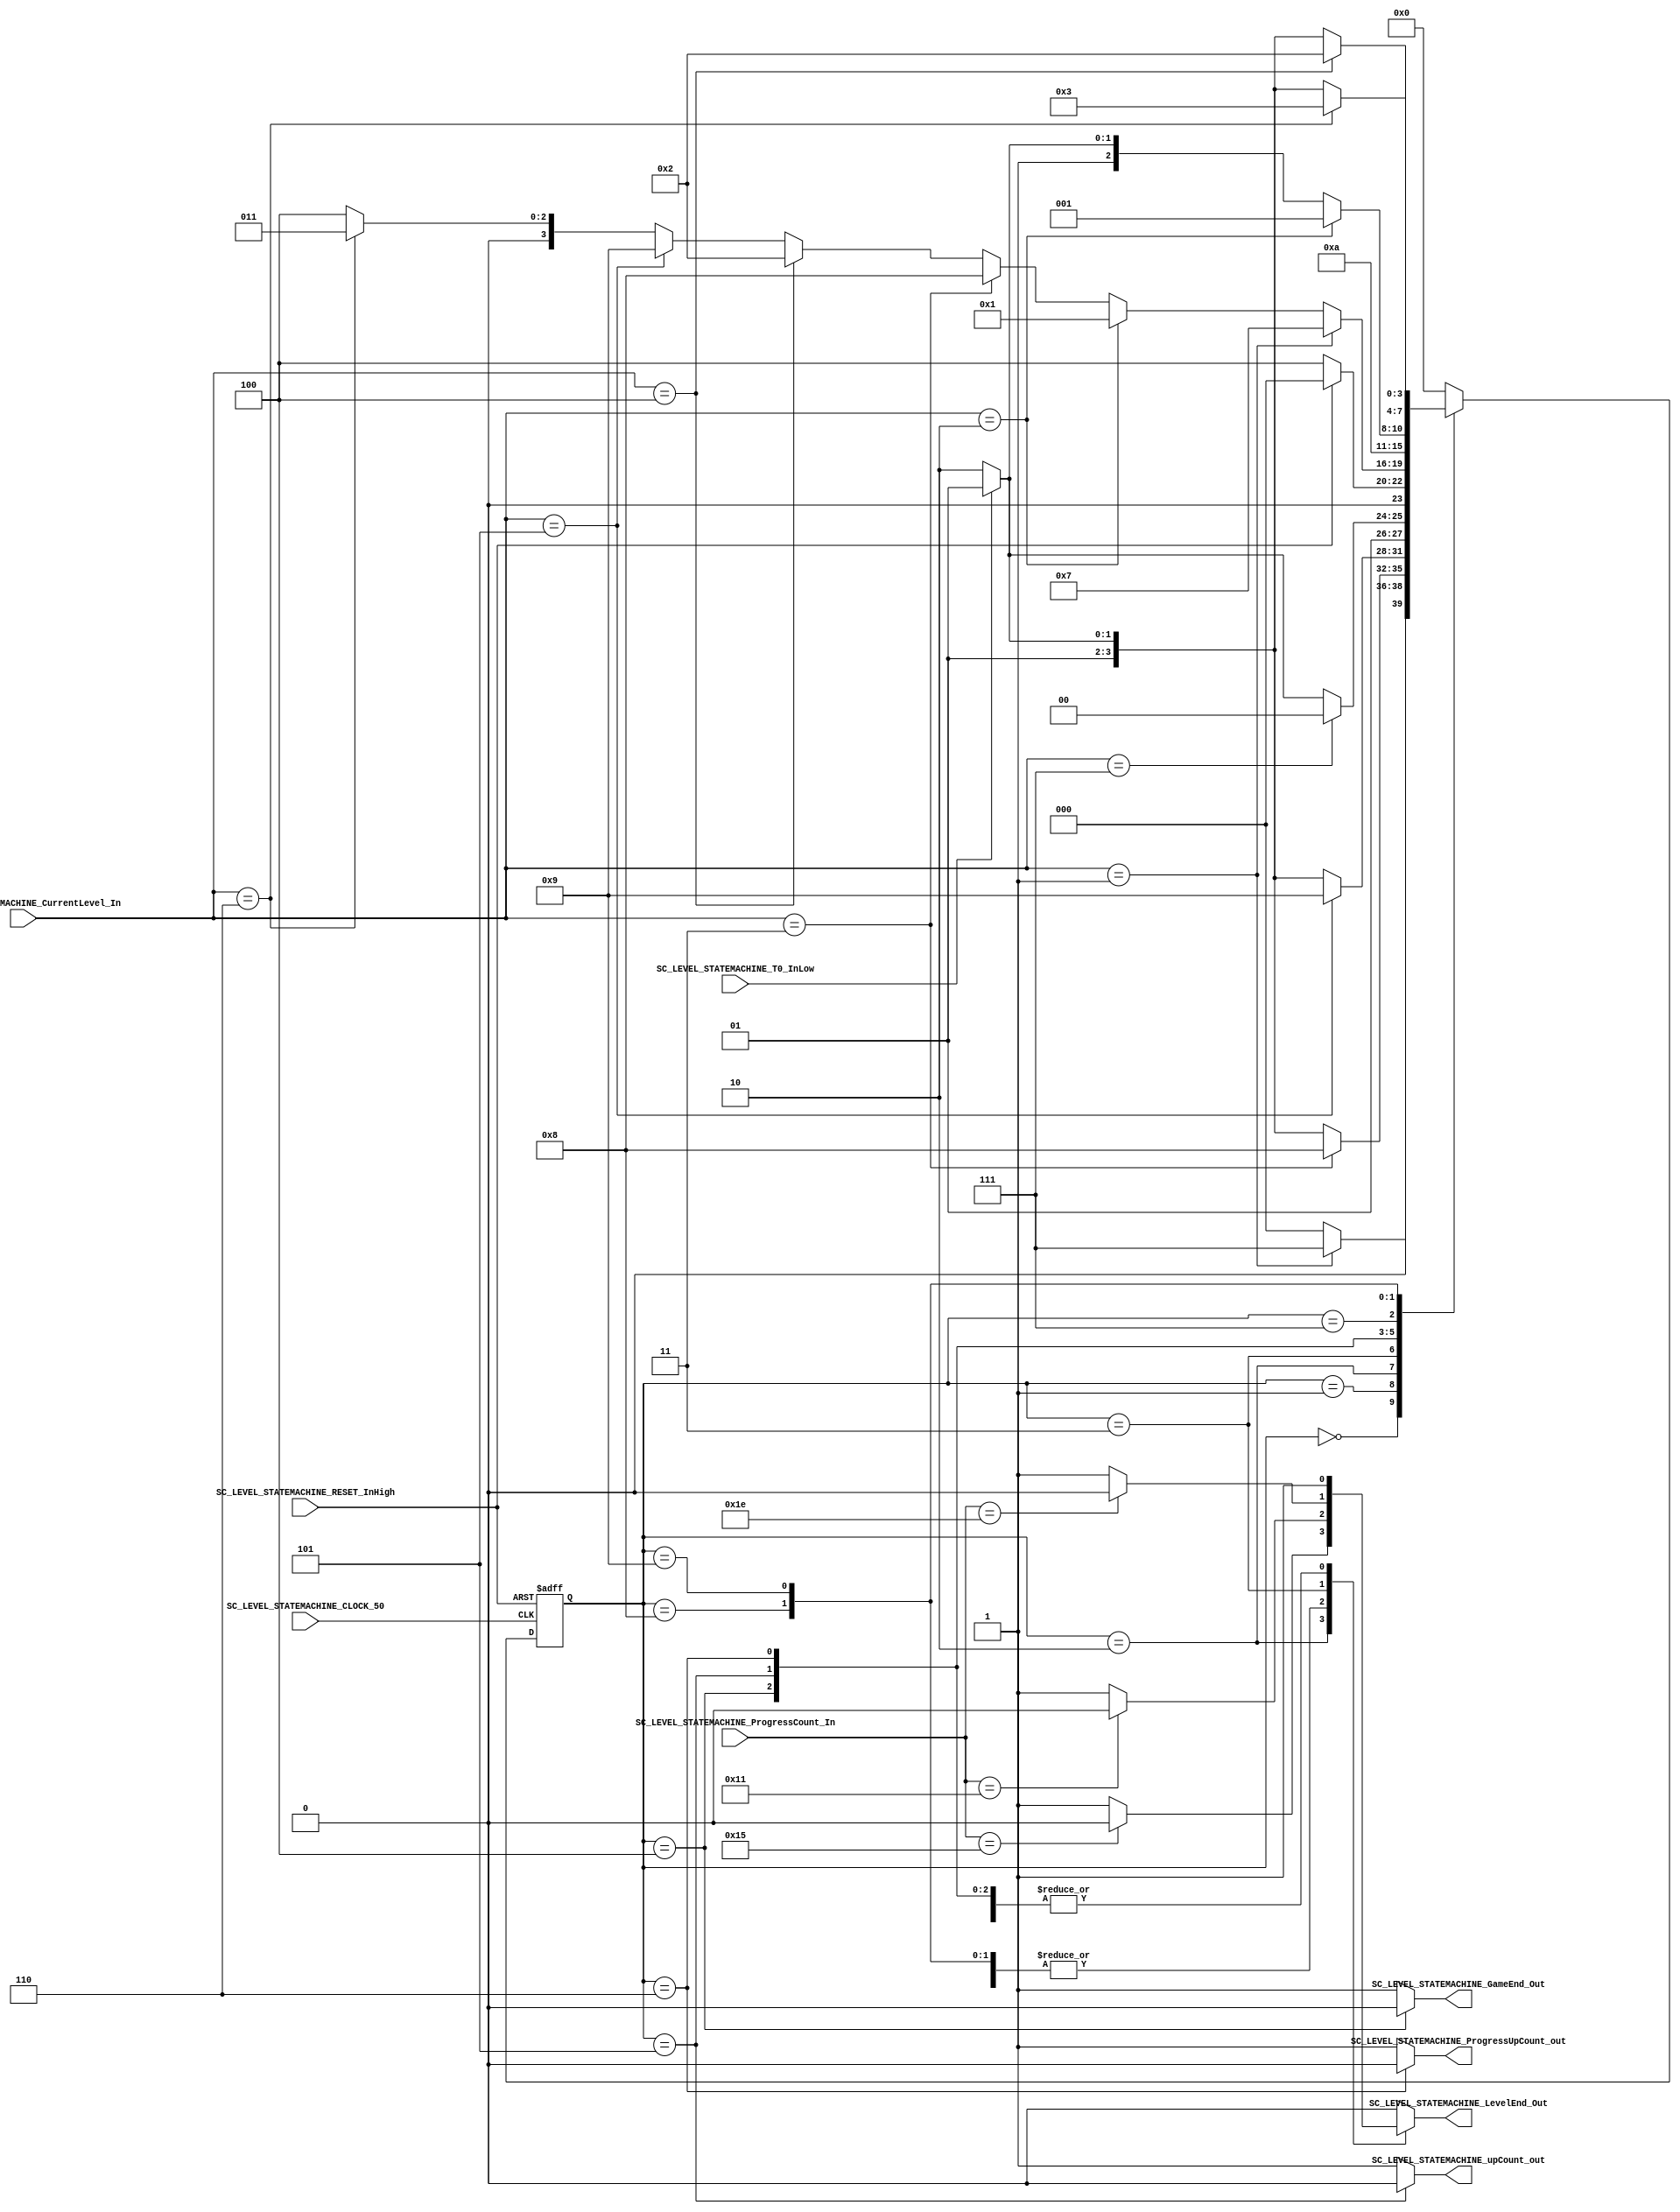
/*######################################################################
//#	G0B1T: HDL EXAMPLES. 2018.
//######################################################################
//# 
//# This program is free software: you can redistribute it and/or modify
//# it under the terms of the GNU General Public License as published by
//# the Free Software Foundation, version 3 of the License.
//#
//# This program is distributed in the hope that it will be useful,
//# but WITHOUT ANY WARRANTY; without even the implied warranty of
//# MERCHANTABILITY or FITNESS FOR A PARTICULAR PURPOSE.  See the
//# GNU General Public License for more details.
//#
//# You should have received a copy of the GNU General Public License
//# along with this program.  If not, see <http://www.gnu.org/licenses/>
//####################################################################*/
//=======================================================
//  MODULE Definition
//=======================================================

module SC_LEVEL_STATEMACHINE(
//////////// OUTPUTS //////////
	SC_LEVEL_STATEMACHINE_LevelEnd_Out,
	SC_LEVEL_STATEMACHINE_GameEnd_Out,
	SC_LEVEL_STATEMACHINE_upCount_out,
	SC_LEVEL_STATEMACHINE_ProgressUpCount_out,
	
//////////// INPUTS //////////
	SC_LEVEL_STATEMACHINE_CurrentLevel_In,
	SC_LEVEL_STATEMACHINE_ProgressCount_In,
	SC_LEVEL_STATEMACHINE_CLOCK_50,
	SC_LEVEL_STATEMACHINE_RESET_InHigh,
	SC_LEVEL_STATEMACHINE_T0_InLow
	
);

// states declaration
localparam STATE_LEVEL_0										= 0;
localparam STATE_LEVEL_1										= 1;
localparam STATE_LEVEL_2										= 2;
localparam STATE_LEVEL_3										= 3;
localparam STATE_END												= 4;
localparam STATE_MESSAGE										= 5;
localparam STATE_SHIFT											= 6;
localparam STATE_SHIFT_1										= 7;
localparam STATE_SHIFT_2										= 8;
localparam STATE_SHIFT_3										= 9;

//=======================================================
//  PORT declarations
//=======================================================

output reg		SC_LEVEL_STATEMACHINE_GameEnd_Out;
output reg		SC_LEVEL_STATEMACHINE_LevelEnd_Out;
output reg		SC_LEVEL_STATEMACHINE_upCount_out;
output reg		SC_LEVEL_STATEMACHINE_ProgressUpCount_out;

input 			[2:0]SC_LEVEL_STATEMACHINE_CurrentLevel_In;
input 			[4:0]SC_LEVEL_STATEMACHINE_ProgressCount_In;
input				SC_LEVEL_STATEMACHINE_CLOCK_50;
input				SC_LEVEL_STATEMACHINE_RESET_InHigh;
input				SC_LEVEL_STATEMACHINE_T0_InLow;


//=======================================================
//  REG/WIRE declarations
//=======================================================

reg [3:0] STATE_Register;
reg [3:0] STATE_Signal;

//=======================================================
//  Structural coding
//=======================================================

//INPUT LOGIC: COMBINATIONAL
// NEXT STATE LOGIC : COMBINATIONAL
always @(*) 
begin

	case (STATE_Register)
	
		STATE_LEVEL_0:		if (SC_LEVEL_STATEMACHINE_CurrentLevel_In == 1) 
									STATE_Signal = STATE_SHIFT_1;		
								else 
									STATE_Signal = STATE_LEVEL_0;
									
						
		STATE_LEVEL_1:  	if (SC_LEVEL_STATEMACHINE_CurrentLevel_In == 3)
									STATE_Signal = STATE_SHIFT_2;		
								else if (SC_LEVEL_STATEMACHINE_T0_InLow == 0)
									STATE_Signal = STATE_SHIFT;
								else
									STATE_Signal = STATE_MESSAGE;
								
		STATE_LEVEL_2:		if (SC_LEVEL_STATEMACHINE_CurrentLevel_In == 5)		
									STATE_Signal = STATE_SHIFT_3;		
								else if (SC_LEVEL_STATEMACHINE_T0_InLow == 0)
									STATE_Signal = STATE_SHIFT;
								else
									STATE_Signal = STATE_MESSAGE;
									
		STATE_LEVEL_3: 	if (SC_LEVEL_STATEMACHINE_CurrentLevel_In == 7)		
									STATE_Signal = STATE_END;	
								else if (SC_LEVEL_STATEMACHINE_T0_InLow == 0)
									STATE_Signal = STATE_SHIFT;
								else
									STATE_Signal = STATE_MESSAGE;
		
		STATE_END:			if (SC_LEVEL_STATEMACHINE_RESET_InHigh == 1'b1)		
									STATE_Signal = STATE_LEVEL_0;		
								else
									STATE_Signal = STATE_END;	
		
		STATE_MESSAGE:		if(SC_LEVEL_STATEMACHINE_CurrentLevel_In == 1)
									STATE_Signal = STATE_SHIFT_1;	
								else if(SC_LEVEL_STATEMACHINE_CurrentLevel_In == 2)
									STATE_Signal = STATE_LEVEL_1;
								else if(SC_LEVEL_STATEMACHINE_CurrentLevel_In == 3)
									STATE_Signal = STATE_SHIFT_2;	
								else if (SC_LEVEL_STATEMACHINE_CurrentLevel_In == 4)
									STATE_Signal = STATE_LEVEL_2;		
								else if (SC_LEVEL_STATEMACHINE_CurrentLevel_In == 5)
									STATE_Signal = STATE_SHIFT_3;
								else if (SC_LEVEL_STATEMACHINE_CurrentLevel_In == 6)
									STATE_Signal = STATE_LEVEL_3;
								else
									STATE_Signal = STATE_END;
		
		STATE_SHIFT: 			STATE_Signal = STATE_MESSAGE;
		
		STATE_SHIFT_1:  	if (SC_LEVEL_STATEMACHINE_CurrentLevel_In == 2)
									STATE_Signal = STATE_LEVEL_1;
								else if (SC_LEVEL_STATEMACHINE_T0_InLow == 0)
									STATE_Signal = STATE_SHIFT;
								else 
									STATE_Signal = STATE_MESSAGE;

		STATE_SHIFT_2: 	if (SC_LEVEL_STATEMACHINE_CurrentLevel_In == 4)
									STATE_Signal = STATE_LEVEL_2;
								else if (SC_LEVEL_STATEMACHINE_T0_InLow == 0)
									STATE_Signal = STATE_SHIFT;
								else 
									STATE_Signal = STATE_MESSAGE;
		
		STATE_SHIFT_3:	if (SC_LEVEL_STATEMACHINE_CurrentLevel_In == 6)
								STATE_Signal = STATE_LEVEL_3;
							else if (SC_LEVEL_STATEMACHINE_T0_InLow == 0)
								STATE_Signal = STATE_SHIFT;
							else 
								STATE_Signal = STATE_MESSAGE;

		default: 			STATE_Signal = STATE_LEVEL_0;

	endcase

end 


// STATE REGISTER : SEQUENTIAL
always @ ( posedge SC_LEVEL_STATEMACHINE_CLOCK_50 , posedge SC_LEVEL_STATEMACHINE_RESET_InHigh)
begin
	if (SC_LEVEL_STATEMACHINE_RESET_InHigh == 1'b1)
		STATE_Register <= STATE_LEVEL_0;
	else
		STATE_Register <= STATE_Signal;
end

//=======================================================
//  Outputs
//=======================================================
// OUTPUT LOGIC : COMBINATIONAL
always @ (*)
begin
	case (STATE_Register)
//=========================================================
// STATE_LEVEL_0
//=========================================================
	STATE_LEVEL_0 :	
		begin
			SC_LEVEL_STATEMACHINE_LevelEnd_Out 			= 1;
			SC_LEVEL_STATEMACHINE_GameEnd_Out			= 1;
			SC_LEVEL_STATEMACHINE_upCount_out 			= 1;
			SC_LEVEL_STATEMACHINE_ProgressUpCount_out = 1;
		end
//=======================================================
// STATE_SHIFT_1
//=========================================================
	STATE_SHIFT_1 :
		begin
			if(SC_LEVEL_STATEMACHINE_ProgressCount_In == 17)begin
				SC_LEVEL_STATEMACHINE_LevelEnd_Out 			= 0;
				SC_LEVEL_STATEMACHINE_GameEnd_Out 			= 1;
				SC_LEVEL_STATEMACHINE_upCount_out 			= 1;
				SC_LEVEL_STATEMACHINE_ProgressUpCount_out = 1;

			end
			else begin
				SC_LEVEL_STATEMACHINE_LevelEnd_Out 			= 1;
				SC_LEVEL_STATEMACHINE_GameEnd_Out 			= 1;
				SC_LEVEL_STATEMACHINE_upCount_out 			= 1;
				SC_LEVEL_STATEMACHINE_ProgressUpCount_out = 1;
			
			end
		end
			
//=========================================================
// STATE_LEVEL_1
//=========================================================
	STATE_LEVEL_1 :	
		begin
			if(SC_LEVEL_STATEMACHINE_ProgressCount_In == 17)begin
				SC_LEVEL_STATEMACHINE_LevelEnd_Out	= 0;
				SC_LEVEL_STATEMACHINE_GameEnd_Out 	= 1;
				SC_LEVEL_STATEMACHINE_upCount_out 			= 1;
				SC_LEVEL_STATEMACHINE_ProgressUpCount_out = 1;
				
			end
			else begin
				SC_LEVEL_STATEMACHINE_LevelEnd_Out 	= 1;
				SC_LEVEL_STATEMACHINE_GameEnd_Out		= 1;
				SC_LEVEL_STATEMACHINE_upCount_out 			= 1;
				SC_LEVEL_STATEMACHINE_ProgressUpCount_out = 1;
				
			end
			
		end
//=======================================================
// STATE_SHIFT_2
//=========================================================
	STATE_SHIFT_2 :
		begin
			if(SC_LEVEL_STATEMACHINE_ProgressCount_In == 17)begin
				SC_LEVEL_STATEMACHINE_LevelEnd_Out 	= 0;
				SC_LEVEL_STATEMACHINE_GameEnd_Out 	= 1;
				SC_LEVEL_STATEMACHINE_upCount_out 			= 1;
				SC_LEVEL_STATEMACHINE_ProgressUpCount_out = 1;

			end
			else begin
				SC_LEVEL_STATEMACHINE_LevelEnd_Out 	= 1;
				SC_LEVEL_STATEMACHINE_GameEnd_Out 	= 1;
				SC_LEVEL_STATEMACHINE_upCount_out 			= 1;
				SC_LEVEL_STATEMACHINE_ProgressUpCount_out = 1;
			
			end
			
		end
//========================================================
// STATE_LEVEL_2
//=========================================================
	STATE_LEVEL_2 :
		begin
				if(SC_LEVEL_STATEMACHINE_ProgressCount_In == 21)begin
				SC_LEVEL_STATEMACHINE_LevelEnd_Out 	= 0;
				SC_LEVEL_STATEMACHINE_GameEnd_Out 	= 1;
				SC_LEVEL_STATEMACHINE_upCount_out 			= 1;
				SC_LEVEL_STATEMACHINE_ProgressUpCount_out = 1;

			end
			else begin
				SC_LEVEL_STATEMACHINE_LevelEnd_Out 	= 1;
				SC_LEVEL_STATEMACHINE_GameEnd_Out 	= 1;
				SC_LEVEL_STATEMACHINE_upCount_out 			= 1;
				SC_LEVEL_STATEMACHINE_ProgressUpCount_out = 1;
			
			end
			
		end
//=======================================================
// STATE_SHIFT_3
//=========================================================
	STATE_SHIFT_3 :
		begin
			if(SC_LEVEL_STATEMACHINE_ProgressCount_In == 17)begin
				SC_LEVEL_STATEMACHINE_LevelEnd_Out 	= 0;
				SC_LEVEL_STATEMACHINE_GameEnd_Out 	= 1;
				SC_LEVEL_STATEMACHINE_upCount_out 			= 1;
				SC_LEVEL_STATEMACHINE_ProgressUpCount_out = 1;

			end
			else begin
				SC_LEVEL_STATEMACHINE_LevelEnd_Out 	= 1;
				SC_LEVEL_STATEMACHINE_GameEnd_Out 	= 1;
				SC_LEVEL_STATEMACHINE_upCount_out 			= 1;
				SC_LEVEL_STATEMACHINE_ProgressUpCount_out = 1;
			
			end
			
		end
//=======================================================
// STATE_LEVEL_3
//=========================================================
	STATE_LEVEL_3 :
		begin
			if(SC_LEVEL_STATEMACHINE_ProgressCount_In == 30)begin
				SC_LEVEL_STATEMACHINE_LevelEnd_Out 	= 0;
				SC_LEVEL_STATEMACHINE_GameEnd_Out 	= 1;
				SC_LEVEL_STATEMACHINE_upCount_out 			= 1;
				SC_LEVEL_STATEMACHINE_ProgressUpCount_out = 1;

			end
			else begin
				SC_LEVEL_STATEMACHINE_LevelEnd_Out 	= 1;
				SC_LEVEL_STATEMACHINE_GameEnd_Out 	= 1;
				SC_LEVEL_STATEMACHINE_upCount_out 			= 1;
				SC_LEVEL_STATEMACHINE_ProgressUpCount_out = 1;
			
			end
			
		end
		
//=======================================================
// STATE_END
//=========================================================
	STATE_END :	
		begin
				SC_LEVEL_STATEMACHINE_LevelEnd_Out 	= 1;
				SC_LEVEL_STATEMACHINE_GameEnd_Out 	= 0;
				SC_LEVEL_STATEMACHINE_upCount_out 			= 1;
				SC_LEVEL_STATEMACHINE_ProgressUpCount_out = 1;
		end

//=======================================================
// STATE_MESSAGE
//=========================================================
	STATE_MESSAGE :	
		begin
				SC_LEVEL_STATEMACHINE_LevelEnd_Out 	= 1;
				SC_LEVEL_STATEMACHINE_GameEnd_Out 	= 1;
				SC_LEVEL_STATEMACHINE_upCount_out 			= 0;
				SC_LEVEL_STATEMACHINE_ProgressUpCount_out = 1;
		end


//=======================================================
// STATE_SHIFT
//=========================================================
	STATE_SHIFT :	
		begin
				SC_LEVEL_STATEMACHINE_LevelEnd_Out 	= 1;
				SC_LEVEL_STATEMACHINE_GameEnd_Out 	= 1;
				SC_LEVEL_STATEMACHINE_upCount_out 			= 1;
				SC_LEVEL_STATEMACHINE_ProgressUpCount_out = 0;
		end

//=========================================================
// DEFAULT
//=========================================================
	default :
		begin
				SC_LEVEL_STATEMACHINE_LevelEnd_Out 	= 0; 
				SC_LEVEL_STATEMACHINE_GameEnd_Out 	= 1;
				SC_LEVEL_STATEMACHINE_upCount_out 			= 1;
				SC_LEVEL_STATEMACHINE_ProgressUpCount_out = 1;

		end
		
	endcase
end

endmodule